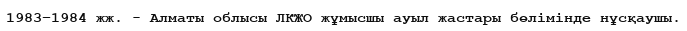
1983–1984 жж. - Алматы облысы ЛКЖО жұмысшы ауыл жастары бөлiмiнде нұсқаушы.